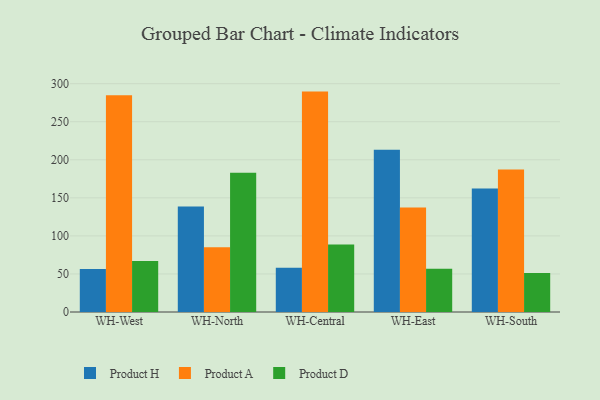
{"axis": {"x": "Warehouse", "y": "Latency (ms)"}, "legend": ["Product A", "Product D", "Product H"], "data": [{"x": "WH-West", "y": 56.4, "type": "Product H"}, {"x": "WH-West", "y": 284.8, "type": "Product A"}, {"x": "WH-West", "y": 66.9, "type": "Product D"}, {"x": "WH-North", "y": 138.6, "type": "Product H"}, {"x": "WH-North", "y": 85.1, "type": "Product A"}, {"x": "WH-North", "y": 183.0, "type": "Product D"}, {"x": "WH-Central", "y": 58.3, "type": "Product H"}, {"x": "WH-Central", "y": 289.6, "type": "Product A"}, {"x": "WH-Central", "y": 88.8, "type": "Product D"}, {"x": "WH-East", "y": 213.1, "type": "Product H"}, {"x": "WH-East", "y": 137.4, "type": "Product A"}, {"x": "WH-East", "y": 56.9, "type": "Product D"}, {"x": "WH-South", "y": 162.2, "type": "Product H"}, {"x": "WH-South", "y": 187.3, "type": "Product A"}, {"x": "WH-South", "y": 51.2, "type": "Product D"}]}